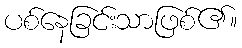
ပစ်နေခြင်းသာဖြစ်၏။